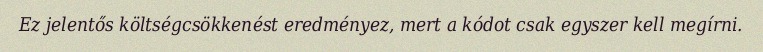
Ez jelentős költségcsökkenést eredményez, mert a kódot csak egyszer kell megírni.